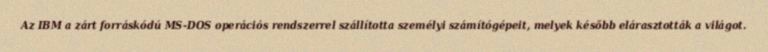
Az IBM a zárt forráskódú MS-DOS operációs rendszerrel szállította személyi számítógépeit, melyek később elárasztották a világot.